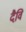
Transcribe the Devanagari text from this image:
दैवि